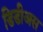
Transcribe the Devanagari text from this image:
डिडीअस